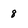
Character: 8